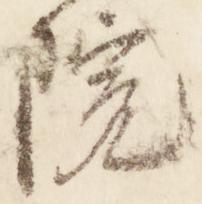
院